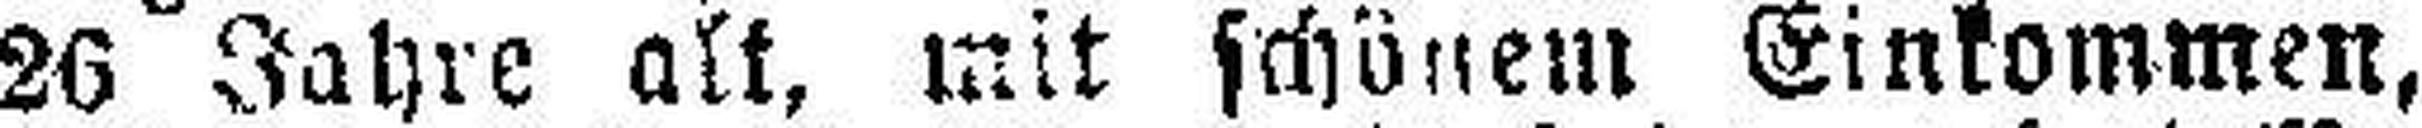
26 Jahre alt, mit schönem Einkommen,